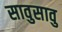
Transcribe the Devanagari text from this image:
सावुसावु